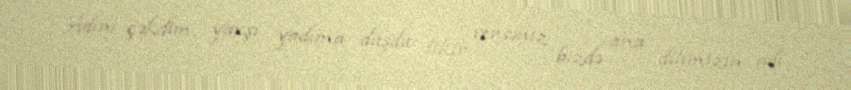
Adını çəkdim, yaxşı yadıma düşdü: fikir versəniz bizdə ana dilimizin adı